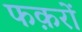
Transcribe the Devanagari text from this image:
फक़रों